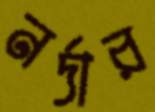
নর্দার